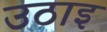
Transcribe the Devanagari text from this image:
उठाइ